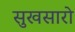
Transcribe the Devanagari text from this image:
सुखसारो